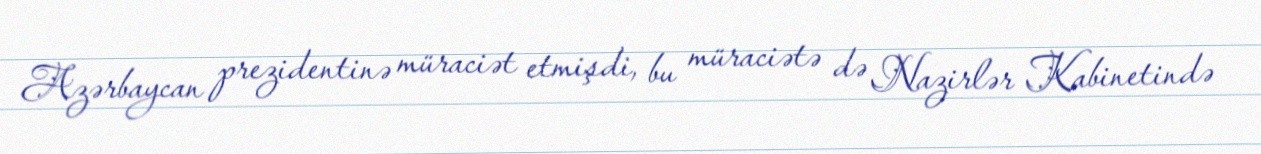
Azərbaycan prezidentinə müraciət etmişdi, bu müraciətə də Nazirlər Kabinetində